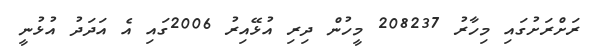
ރަށްރަށުގައި މިހާރު 208237 މީހުން ދިރި އުޅޭއިރު 2006ގައި އެ އަދަދު އުޅުނީ